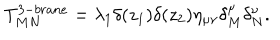
T _ { M N } ^ { 3 - b r a n e } = \lambda _ { 1 } \delta ( z _ { 1 } ) \delta ( z _ { 2 } ) \eta _ { \mu \nu } \delta _ { M } ^ { \mu } \delta _ { N } ^ { \nu } .